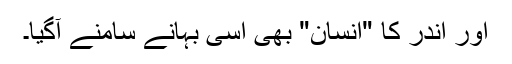
اور اندر کا "انسان" بھی اسی بہانے سامنے آگیا۔